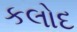
કલોદ